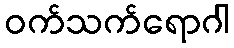
ဝက်သက်ရောဂါ